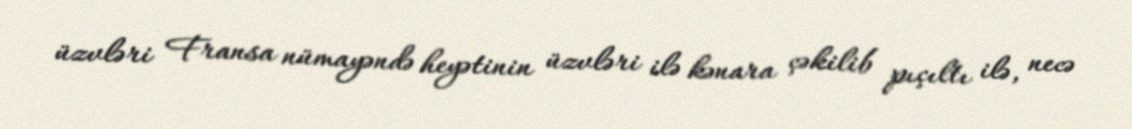
üzvləri Fransa nümayəndə heyətinin üzvləri ilə kənara çəkilib pıçıltı ilə, necə